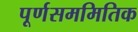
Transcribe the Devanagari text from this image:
पूर्णसममितिक